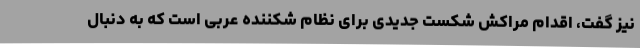
نیز گفت، اقدام مراکش شکست جدیدی برای نظام شکننده عربی است که به دنبال